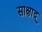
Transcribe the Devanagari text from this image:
साक्षाद्